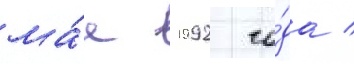
ма́е 1992 го́да /